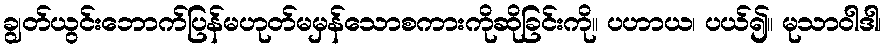
ချွတ်ယွင်းဘောက်ပြန်မဟုတ်မမှန်သောစကားကိုဆိုခြင်းကို။ ပဟာယ၊ ပယ်၍။ မုသာဝါဒါ၊